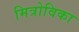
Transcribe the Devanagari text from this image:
मित्रोविका